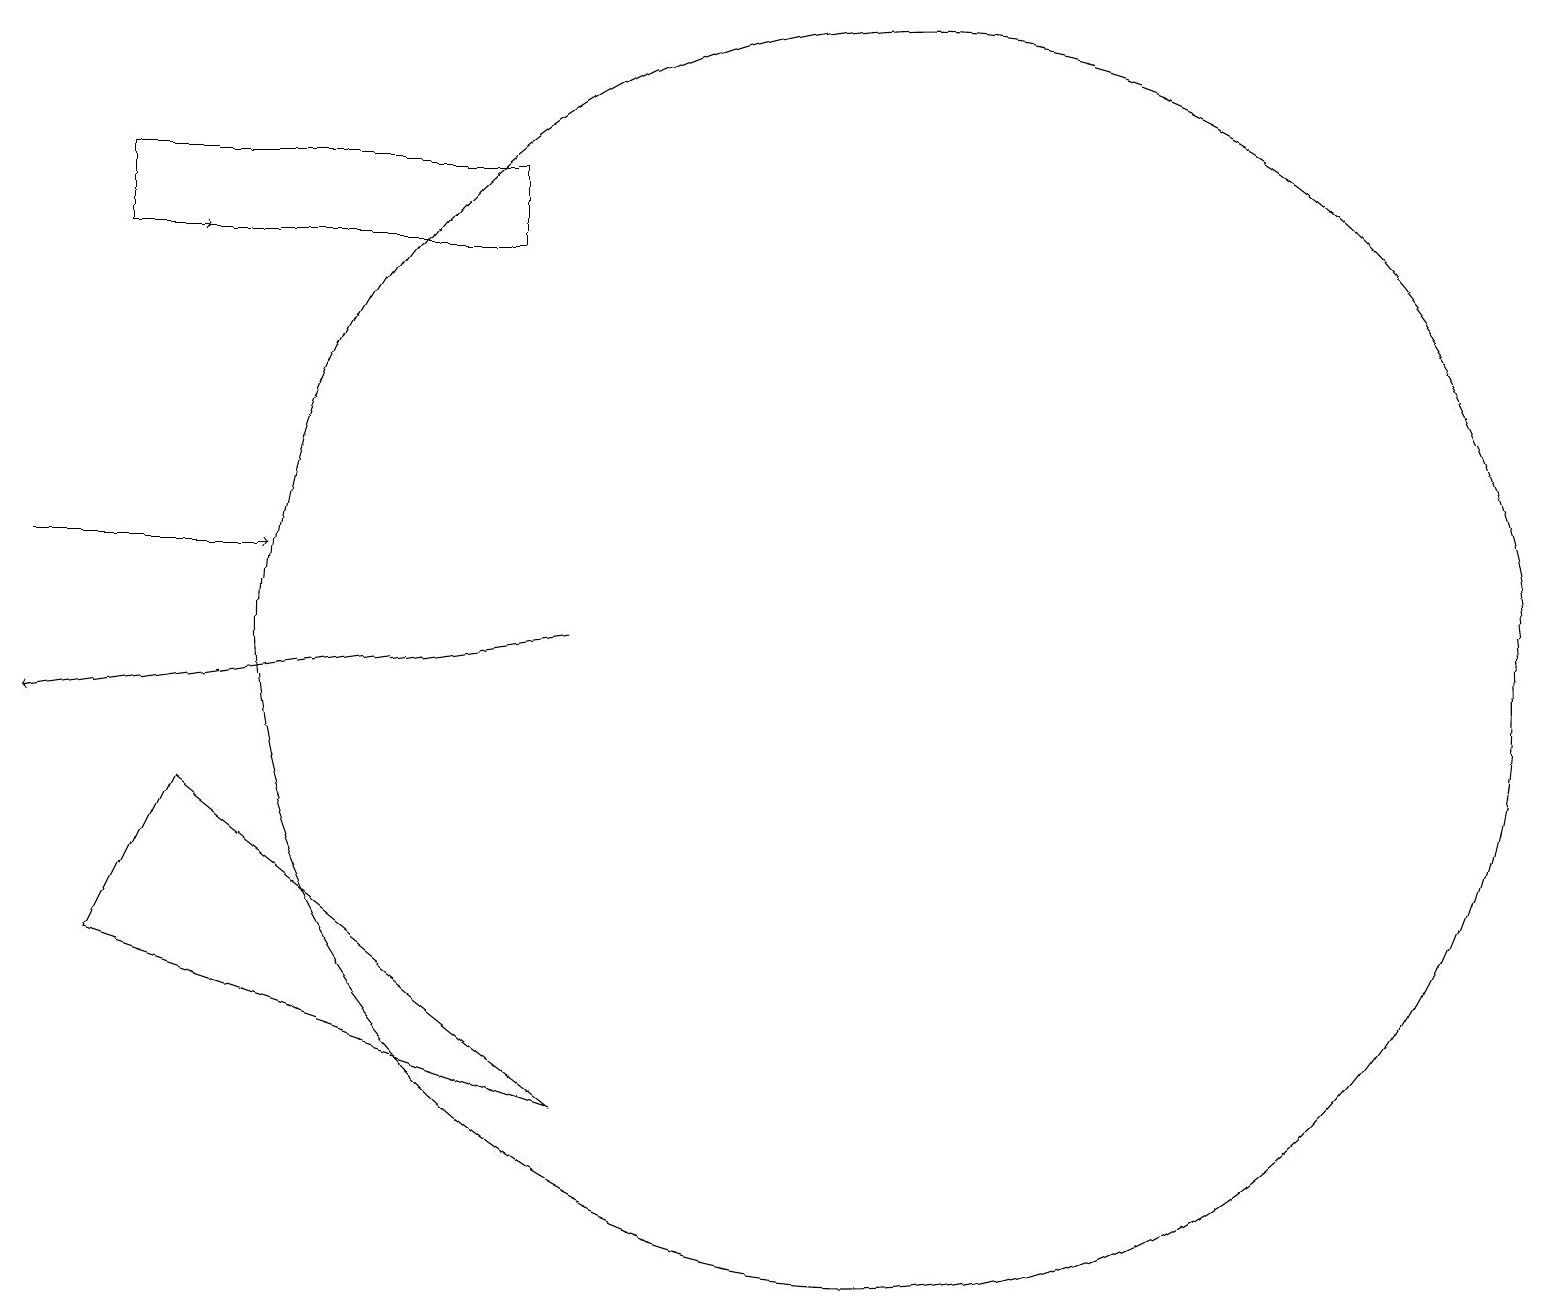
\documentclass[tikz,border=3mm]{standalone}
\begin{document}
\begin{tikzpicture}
\draw (11,11) circle (0);
\draw[->] (0,12) -- (3,12);
\draw[->] (7,11) -- (0,10);
\draw[->] (1,16) -- (2,16);
\draw (1,7) -- (7,5) -- (2,9) -- cycle;
\draw (1,16) rectangle (6,17);
\draw (11,11) circle (8);
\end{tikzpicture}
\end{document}